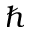
\hslash